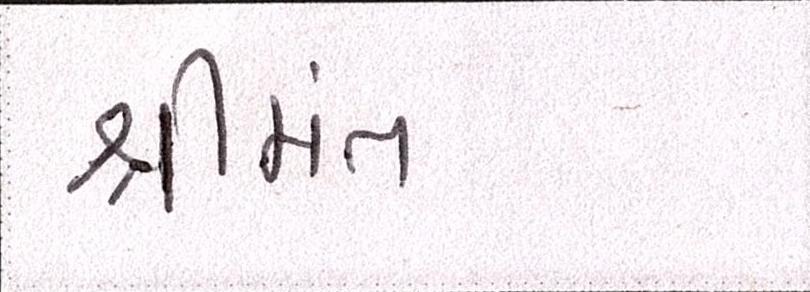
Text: શ્રીમંત